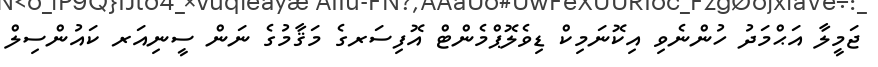
ޖަމީލާ އަޙްމަދު ހުންނެވި އިކޮނަމިކް ޑިވެލޮޕްމެންޓް އޮފިސަރގެ މަޤާމުގެ ނަން ސީނިއަރ ކައުންސިލް